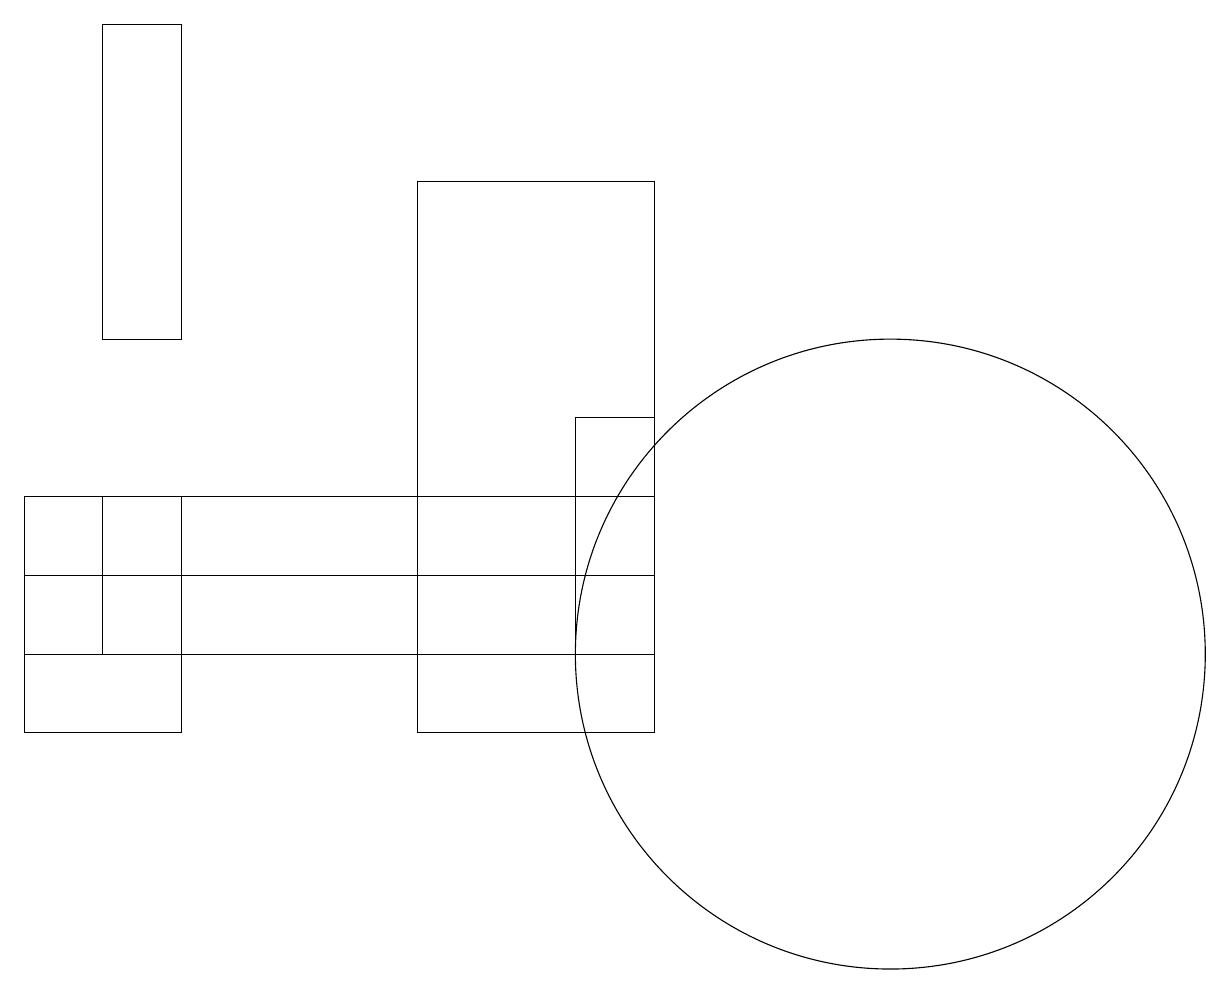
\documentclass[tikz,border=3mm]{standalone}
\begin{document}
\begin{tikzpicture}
\draw (11,11) circle (4);
\draw (1,15) rectangle (2,19);
\draw (7,12) rectangle (8,14);
\draw (0,11) rectangle (7,12);
\draw (1,11) rectangle (8,13);
\draw (8,10) rectangle (5,17);
\draw (2,10) rectangle (0,13);
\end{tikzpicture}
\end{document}